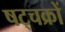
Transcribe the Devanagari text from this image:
षट्चक्रों